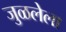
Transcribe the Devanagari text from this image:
जुळलेला